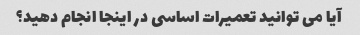
آیا می توانید تعمیرات اساسی در اینجا انجام دهید؟